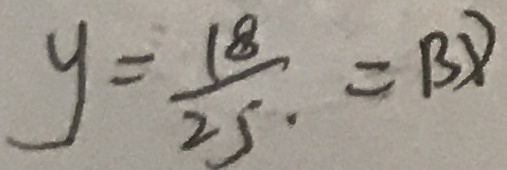
y = \frac { 1 8 } { 2 5 } = B D